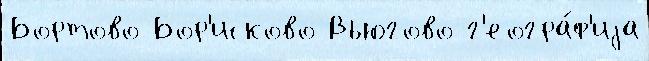
Бортово Бор'исково Вьюгово г'еогра́ф'иjа